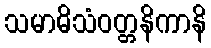
သမာဓိသံဝတ္တနိကာနိ